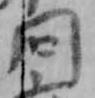
問